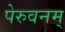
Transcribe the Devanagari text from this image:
पेरुवनम्